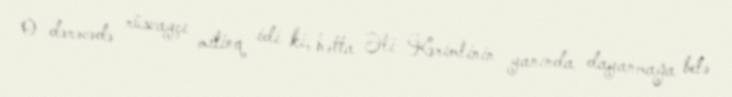
O dərəcədə rüsvayçı mitinq idi ki, hətta Əli Kərimlinin yanında dayanmağa belə